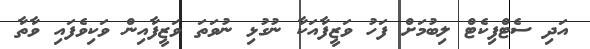
އަދި ސެޓްފިކެޓް ލިބުމަށް ފަހު ވަޒީފާއަކާ ނުގުޅި ނުވަތަ ވަޒީފާއިން ވަކިވެފައި ވާތާ